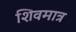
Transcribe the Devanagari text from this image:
शिवमात्र